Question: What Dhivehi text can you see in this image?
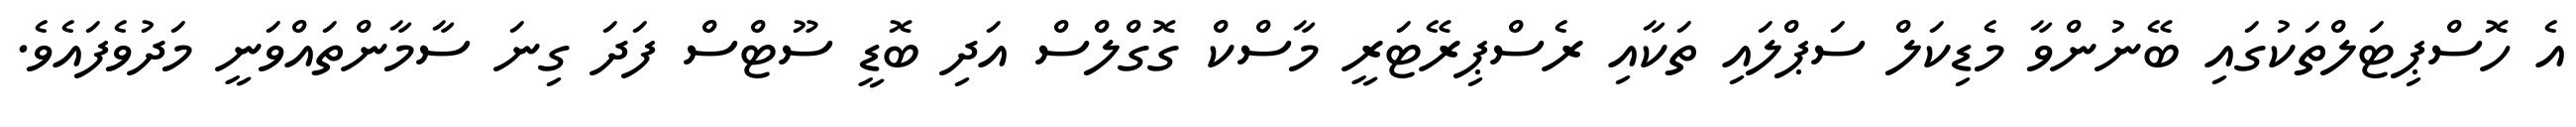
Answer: އެ ހޮސްޕިޓަލްތަކުގައި ބޭނުންވާ މެޑިކަލް ސަޕްލައި ތަކާއި ރެސްޕިރޭޓަރީ މާސްކް ގޮގްލްސް އަދި ބޮޑީ ސޫޓްސް ފަދަ ގިނަ ސާމާންތައްވަނީ މަދުވެފައެވެ.